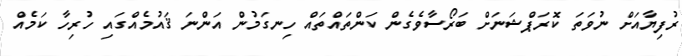
ރުފިޔާއަށް ނުވަތަ ކޮރަޕްޝަނަށް ބަރޯސާވެގެން ކަންތައްތައް ހިނގަމުން އަންނަ ޤައުމެއްގައި ހުރިހާ ކަމެއް